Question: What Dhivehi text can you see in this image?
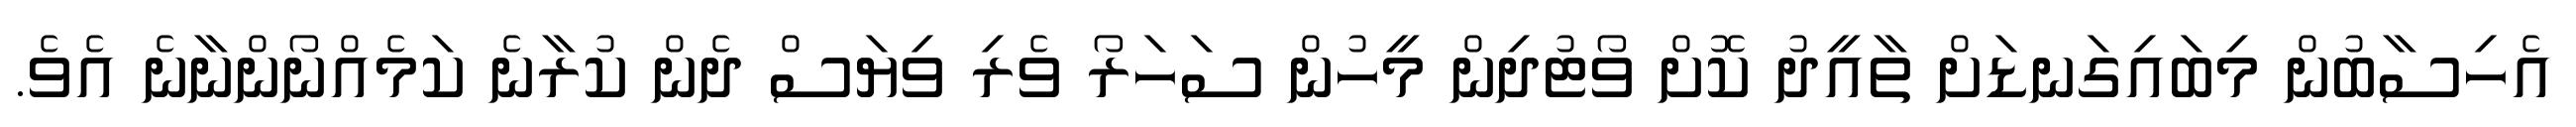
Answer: އެހިސާބުން މިބައިގަނޑަށް ތާއީދު ކޮށް ވޯޓުދިން މީހުން ސަހަރޯ ވެރި ވިޔަސް ދެން ކުރާނެ ކަމެއްނޯންނާނެ އެވެ.